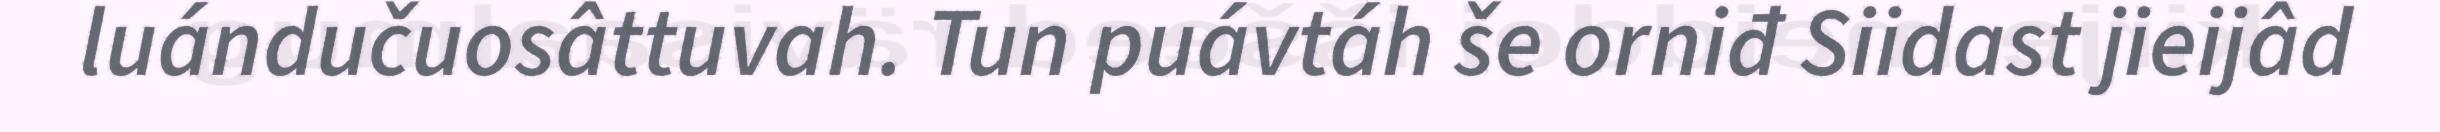
luándučuosâttuvah. Tun puávtáh še orniđ Siidast jieijâd